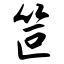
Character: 笸